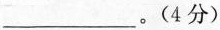
___。(4分)